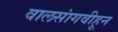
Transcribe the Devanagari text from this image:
वालसांगवीहून